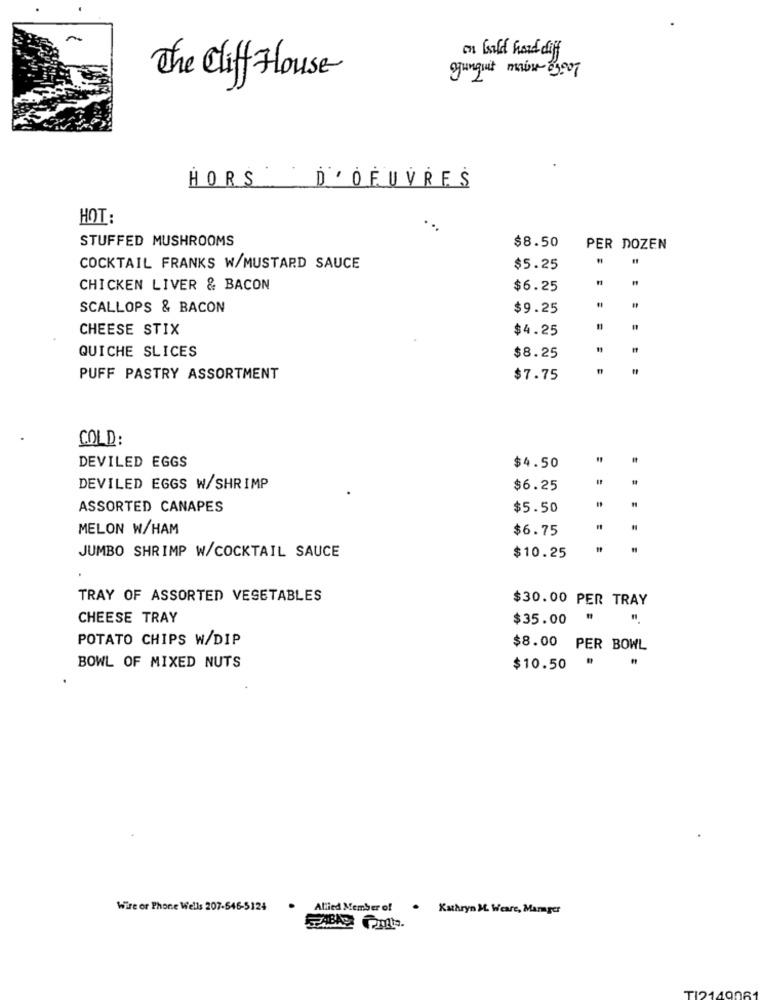
on hold hard diff
ogunquit main 03007
The Cliff House
HORS
D'OEUVRES
HOT:
...
STUFFED MUSHROOMS
$8.50
PER DOZEN
COCKTAIL FRANKS W/MUSTARD SAUCE
$5.25
CHICKEN LIVER & BACON
$6.25
SCALLOPS & BACON
$9.25
CHEESE STIX
$4.25
11
QUICHE SLICES
$8.25
PUFF PASTRY ASSORTMENT
$7.75
COLD:
DEVILED EGGS
$4.50
DEVILED EGGS W/SHRIMP
$6.25
ASSORTED CANAPES
$5.50
MELON W/HAM
$6.75
JUMBO SHRIMP W/COCKTAIL SAUCE
$10.25
TRAY OF ASSORTED VESETABLES
$30.00 PER TRAY
CHEESE TRAY
$35.00 "
POTATO CHIPS W/DIP
$8.00 PER BOWL
BOWL OF MIXED NUTS
$10.50
Wire or Phone Wells 207-546-5124
. Allied Member of
Kathryn M. Weare, Marger